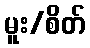
မူး/စိတ်